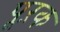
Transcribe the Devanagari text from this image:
पूऱक